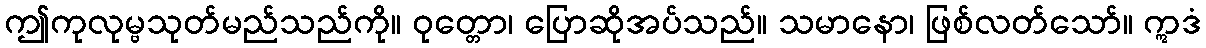
ဤကုလုမ္ဗသုတ်မည်သည်ကို။ ဝုတ္တော၊ ပြောဆိုအပ်သည်။ သမာနော၊ ဖြစ်လတ်သော်။ ဣဒံ